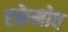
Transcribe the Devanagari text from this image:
एफ्रेमोव